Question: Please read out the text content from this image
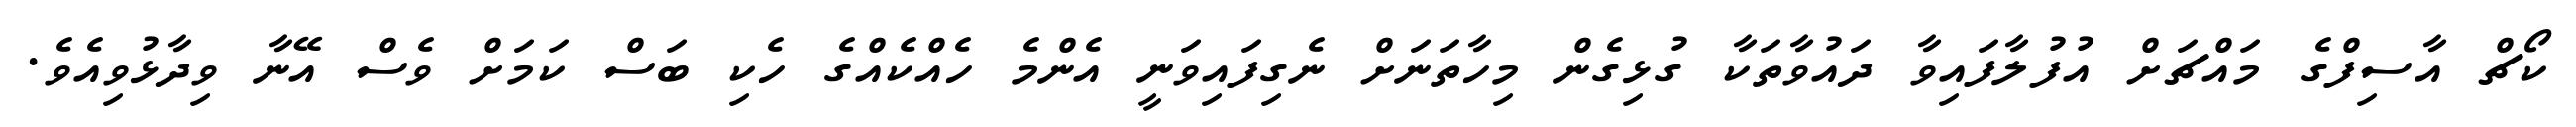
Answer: ކޯޗް އާސިފްގެ މައްޗަށް އުފުލާފައިވާ ދައުވާތަކާ ގުޅިގެން މިހާތަނަށް ނެގިފައިވަނީ އެންމެ ހެއްކެއްގެ ހެކި ބަސް ކަމަށް ވެސް އޭނާ ވިދާޅުވިއެވެ.